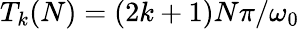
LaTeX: T_{k}(N)=(2k+1)N\pi/\omega_{0}